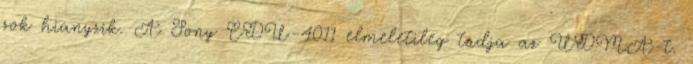
sok hianyzik. A Sony CDU-4011 elmeletileg tudja az UDMA-t.